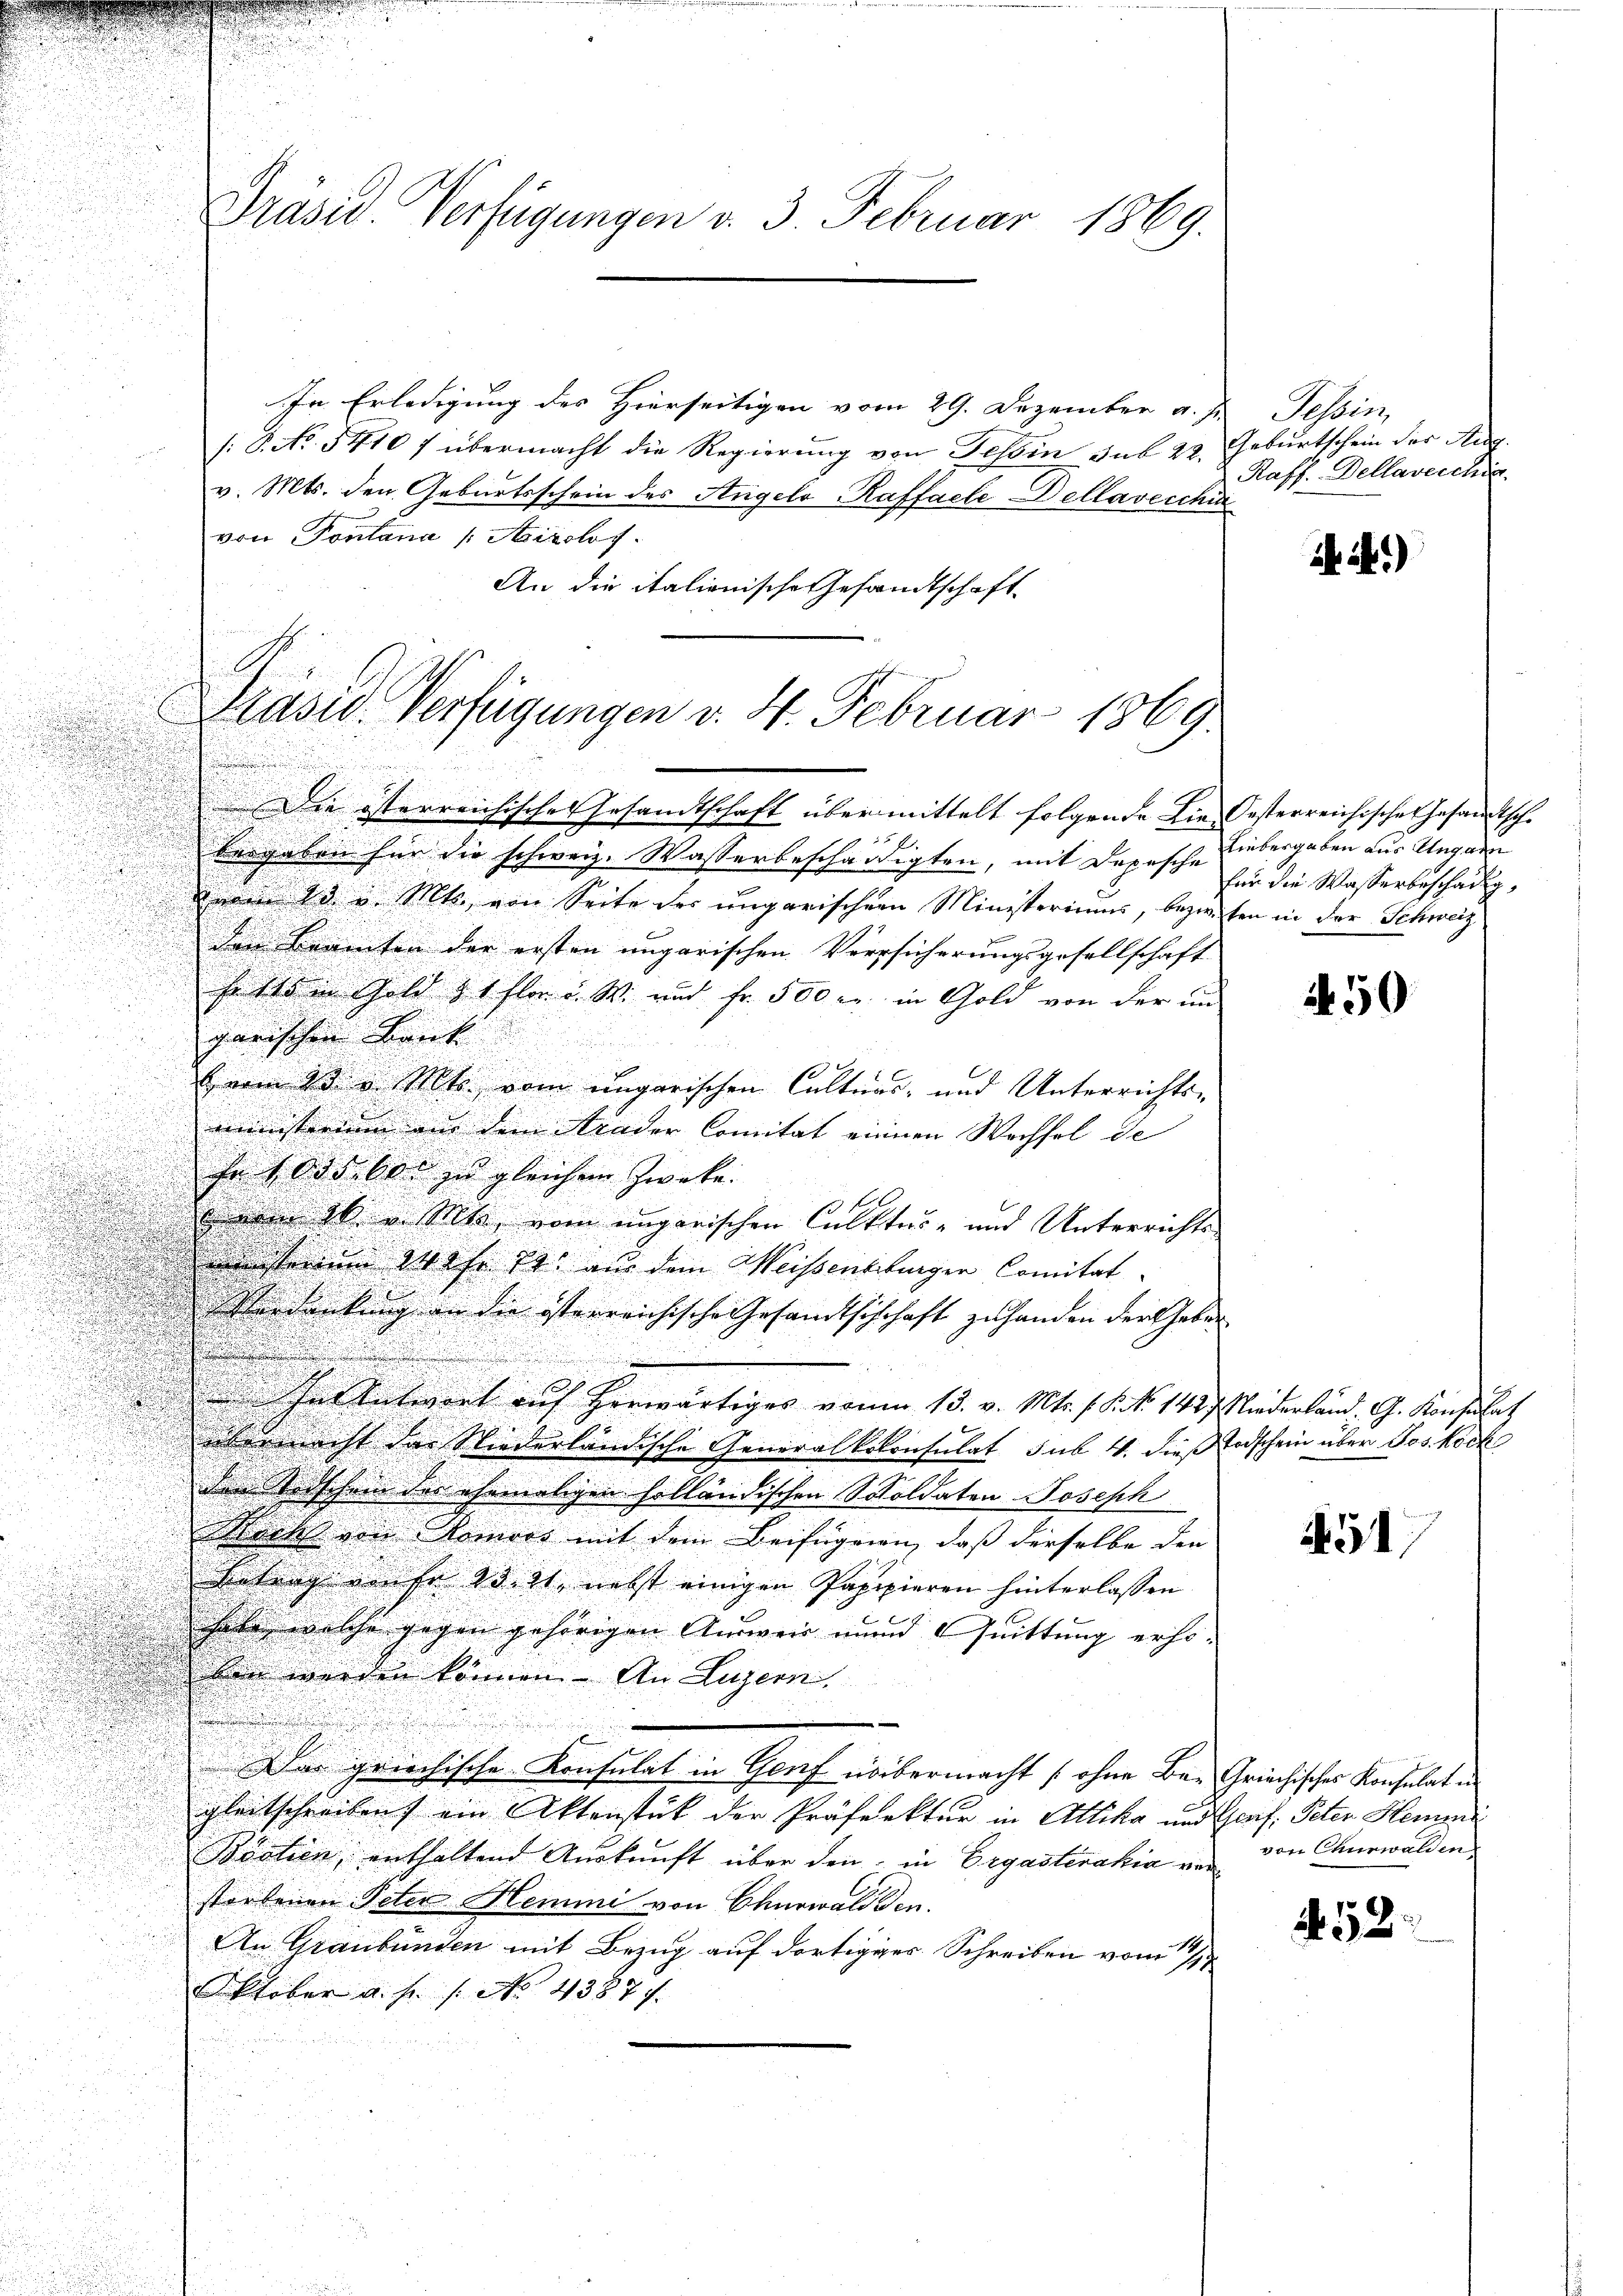
Präsid. Verfügungen v. 3. Februar 1869.

In Erledigung des Hierseitigen vom 29. Dezember v. J.
/: P. No. 5410 f übermacht die Regierung von Tessin sub 22. Geburtschein der Au
v. Mts. den Geburtsschein des Angelo-Raffaele Dellavecchin
von Pontana /: Airolof
An die italienische Gesandtschaft

Die österreichisches Gesandtschaft übermittelt folgende Die Oesterreichisches Gesandtsch.
bergaben für die schweiz. Wasserbeschädigten, mit Depesche Liebergaben aus Ungarn
enem 13. v. Mts., von Seite des ungarischer Ministeriums, bezweiten in der Schweiz

den Beamten der ersten ungarischen Versicherungsgesellschaft
22
so sie in Gold & 1 flor u. W. und Fr. 500 er in Gold von der un
u
garischen Bank
Herm 8t v. Mts. vom ungarischen Culturs- und Unterrichts-
ministerium in dem Arader Comitat einen Wechsel de

Ir 1. ds. bei zu gleichem Zwecke.
.
.
vom 26. v. Mts. vom ungarischen Cultur- und Unterrichts
.
u
f
n
d
stern Maße 2. aus dem Weissentiturgen Comitat.
Verdankung an die isterreichische Gesamtschschaft zu handen der haben
d
e
 hat Antwort auf herwärtiges vom 13. v. Mts. f. 8. No 1427. Niederland. G. Konsulat
übernicht der Niederländische Generalkolonsulat sub 14. dies Todschein über Jos. Koch
den Todschein der ehemaligen holländischen Soldaten Joseph
Nächst von Nomoos mit dem Beifügen, daß derselbe den
s
Betrag von fr 23. 21, nebst einigen Pappieren hinterlassen
sehe, welche gegen gehörigen Ausweis und Quittung erho-
ben werden können. An Luzern,
e
.
Das griechische Konsulat in Genf übermacht (ohne Bar Griechisches Konsulat in
gleitschreiben ein Aktenstück der Präfektur in Altika und Graf. Peten Hemma
Boatien, enthaltend Auskunft über den in Ergastenahia vorstorbenen Peter Hemmi von Churwald den
An Graubünden mit Bezug auf dortiges Schreiben vom 1 1/
Oktober a. f. 1. No. 43877.

e
Präsid. Verfügungen v. 4. Februar 1869.
u
.

Tessin,
Raff. Dellavecchia

i.)

für die Wasserbeschädig

50

451

von Churwalden

A. 52